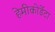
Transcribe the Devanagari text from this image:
हेमीकोर्डेटा